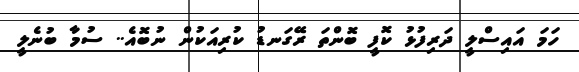
ހަމަ އައިސްލީ ދަރިފުޅު ކޮފީ ބޮންތަ ރޭގަނޑު ކުރިއަކުން ނުބޮއެ.. ސުމާ ބުނެލީ